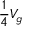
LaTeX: { \frac { 1 } { 4 } } V _ { g }